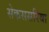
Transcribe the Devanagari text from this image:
सेकससरिया